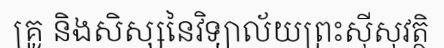
គ្រូ និងសិស្សនៃវិទ្យាល័យព្រះស៊ីសុវត្ថិ